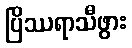
ပြိဿရာသီဖွား